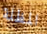
المظلة